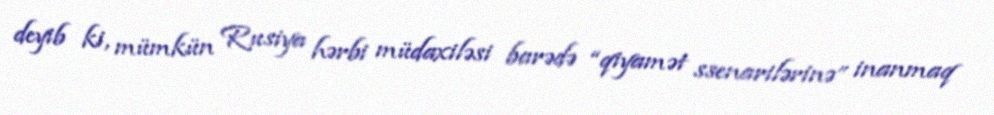
deyib ki, mümkün Rusiya hərbi müdaxiləsi barədə “qiyamət ssenarilərinə” inanmaq